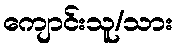
ကျောင်းသူ/သား